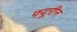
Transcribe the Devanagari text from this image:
फ़्यूरीन